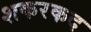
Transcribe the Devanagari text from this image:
शकरकद